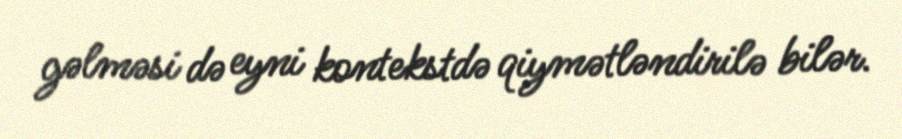
gəlməsi də eyni kontekstdə qiymətləndirilə bilər.